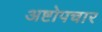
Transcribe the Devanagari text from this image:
अष्टोपचार